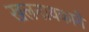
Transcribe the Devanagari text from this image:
खलनायकाने